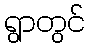
ရွာတွင်